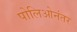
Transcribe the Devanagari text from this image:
पोलिओनंतर